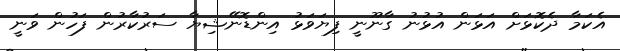
އެކަމާ ދެކޮޅަށް އަޅަން އުޅުނު ގާނޫނީ ފިޔަވަޅު އިންޑޮނޭޝިޔާ ސަރުކާރުން ފަހުން ވަނީ